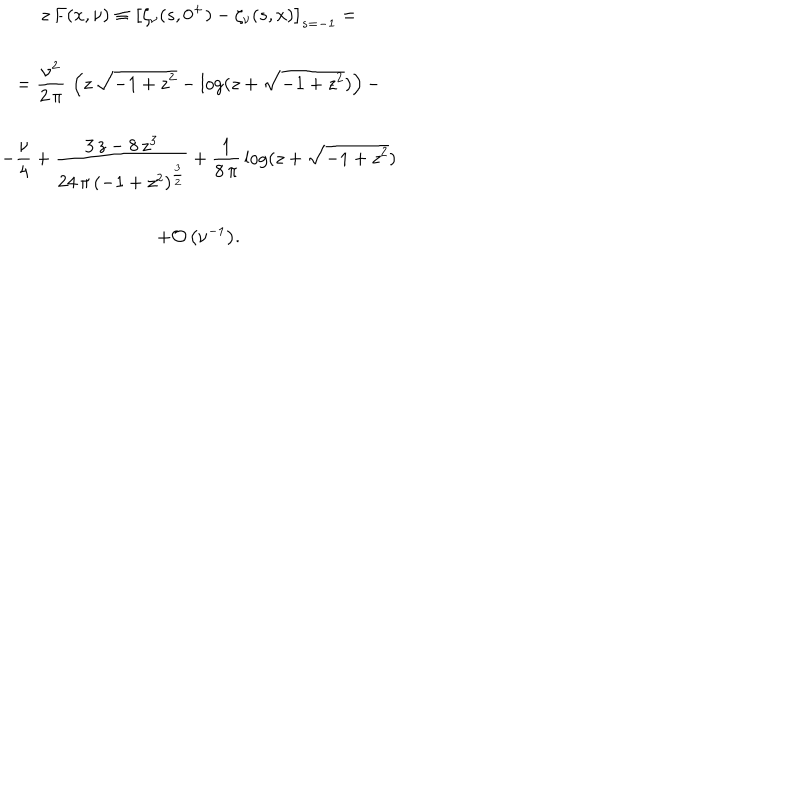
\begin{array} { c } { { \displaystyle { z \, F ( x , \nu ) \equiv \left[ \zeta _ { \nu } ( s , 0 ^ { + } ) - \zeta _ { \nu } ( s , x ) \right] _ { s = - 1 } = } } } \\ { { \displaystyle { = { \frac { { { \nu } ^ { 2 } } } { 2 \, \pi } } \, \left( z \, { \sqrt { - 1 + { z ^ { 2 } } } } - \log ( z + { \sqrt { - 1 + { z ^ { 2 } } } } ) \right) - } } } \\ { { \displaystyle { - { \frac { \nu } { 4 } } + { \frac { 3 \, z - 8 \, { z ^ { 3 } } } { 2 4 \, \pi \, { { \left( - 1 + { z ^ { 2 } } \right) } ^ { { \frac { 3 } { 2 } } } } } } + { \frac { 1 } { 8 \, \pi } } \, { \log ( z + { \sqrt { - 1 + { z ^ { 2 } } } } ) } } } } \\ { { \displaystyle { + { \cal O } \left( \nu ^ { - 1 } \right) } . } } \\ \end{array}